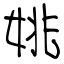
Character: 姚